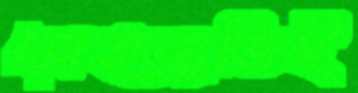
মোহমুক্তিই